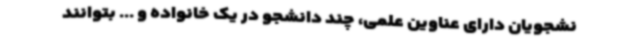
نشجویان دارای عناوین علمی، چند دانشجو در یک خانواده و ... بتوانند